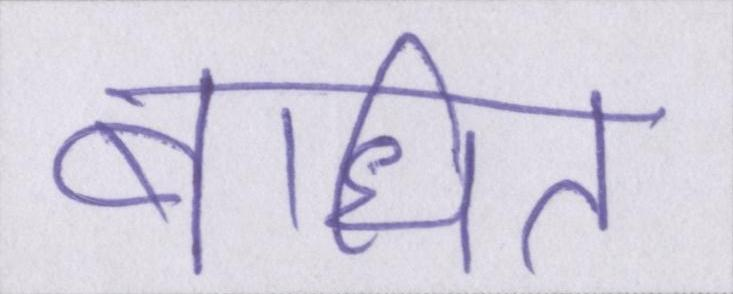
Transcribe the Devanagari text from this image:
बाधित